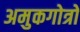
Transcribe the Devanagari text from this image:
अमुकगोत्रो